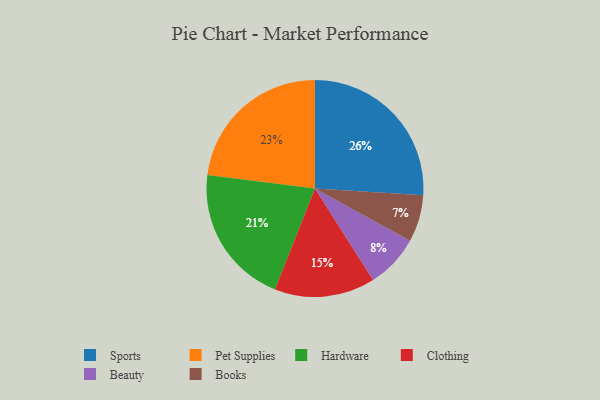
{"axis": {"x": "Category", "y": "Percentage"}, "legend": ["Beauty", "Books", "Clothing", "Hardware", "Pet Supplies", "Sports"], "data": [{"x": "Beauty", "y": 8, "type": "Beauty"}, {"x": "Hardware", "y": 21, "type": "Hardware"}, {"x": "Sports", "y": 26, "type": "Sports"}, {"x": "Pet Supplies", "y": 23, "type": "Pet Supplies"}, {"x": "Clothing", "y": 15, "type": "Clothing"}, {"x": "Books", "y": 7, "type": "Books"}]}